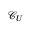
\mathcal { C } _ { U }